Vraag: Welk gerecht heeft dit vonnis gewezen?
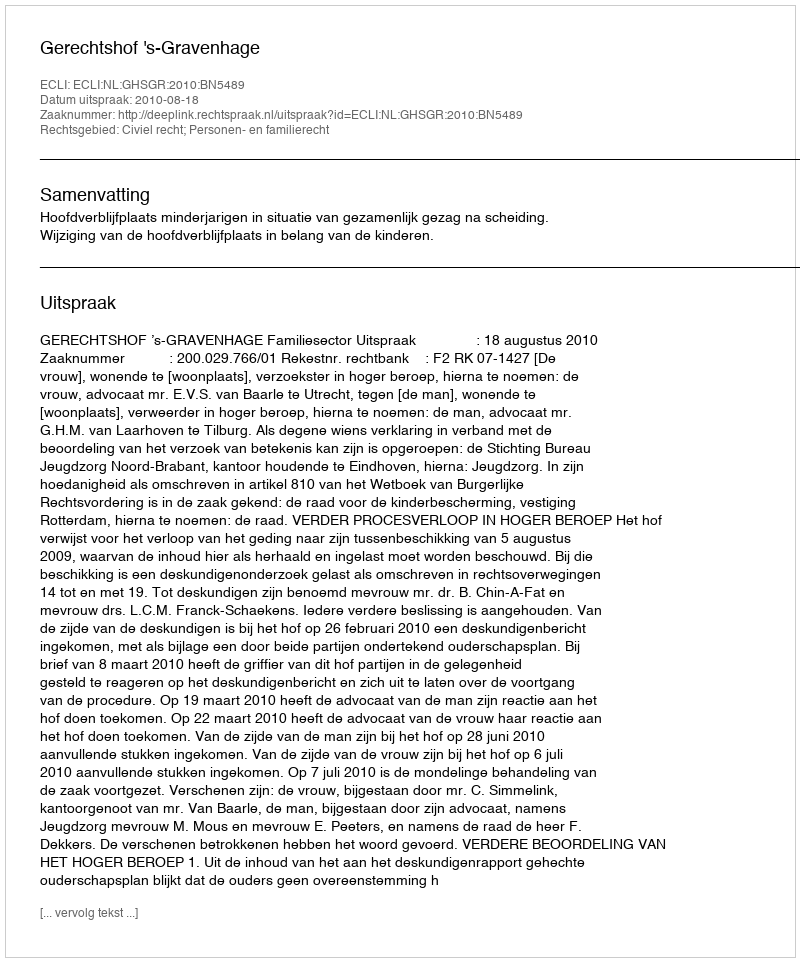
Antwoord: Gerechtshof 's-Gravenhage